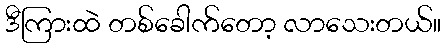
ဒီကြားထဲ တစ်ခေါက်တော့ လာသေးတယ်။